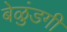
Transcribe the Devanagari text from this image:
बेळुंडगी